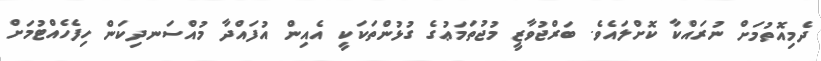
ދެމިއޮތުމަށް ނުރައްކާ ކޮށްލައެވެ. ބަރްޖުވާޒީ މުޖުތަމަޢުގެ ގުޅުންތަކަކީ އެއިން އުފައްދާ މުއްސަނދިކަން ހިފެހެއްޓުމަށް